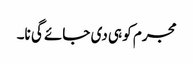
مجرم کو ہی دی جائے گی نا۔